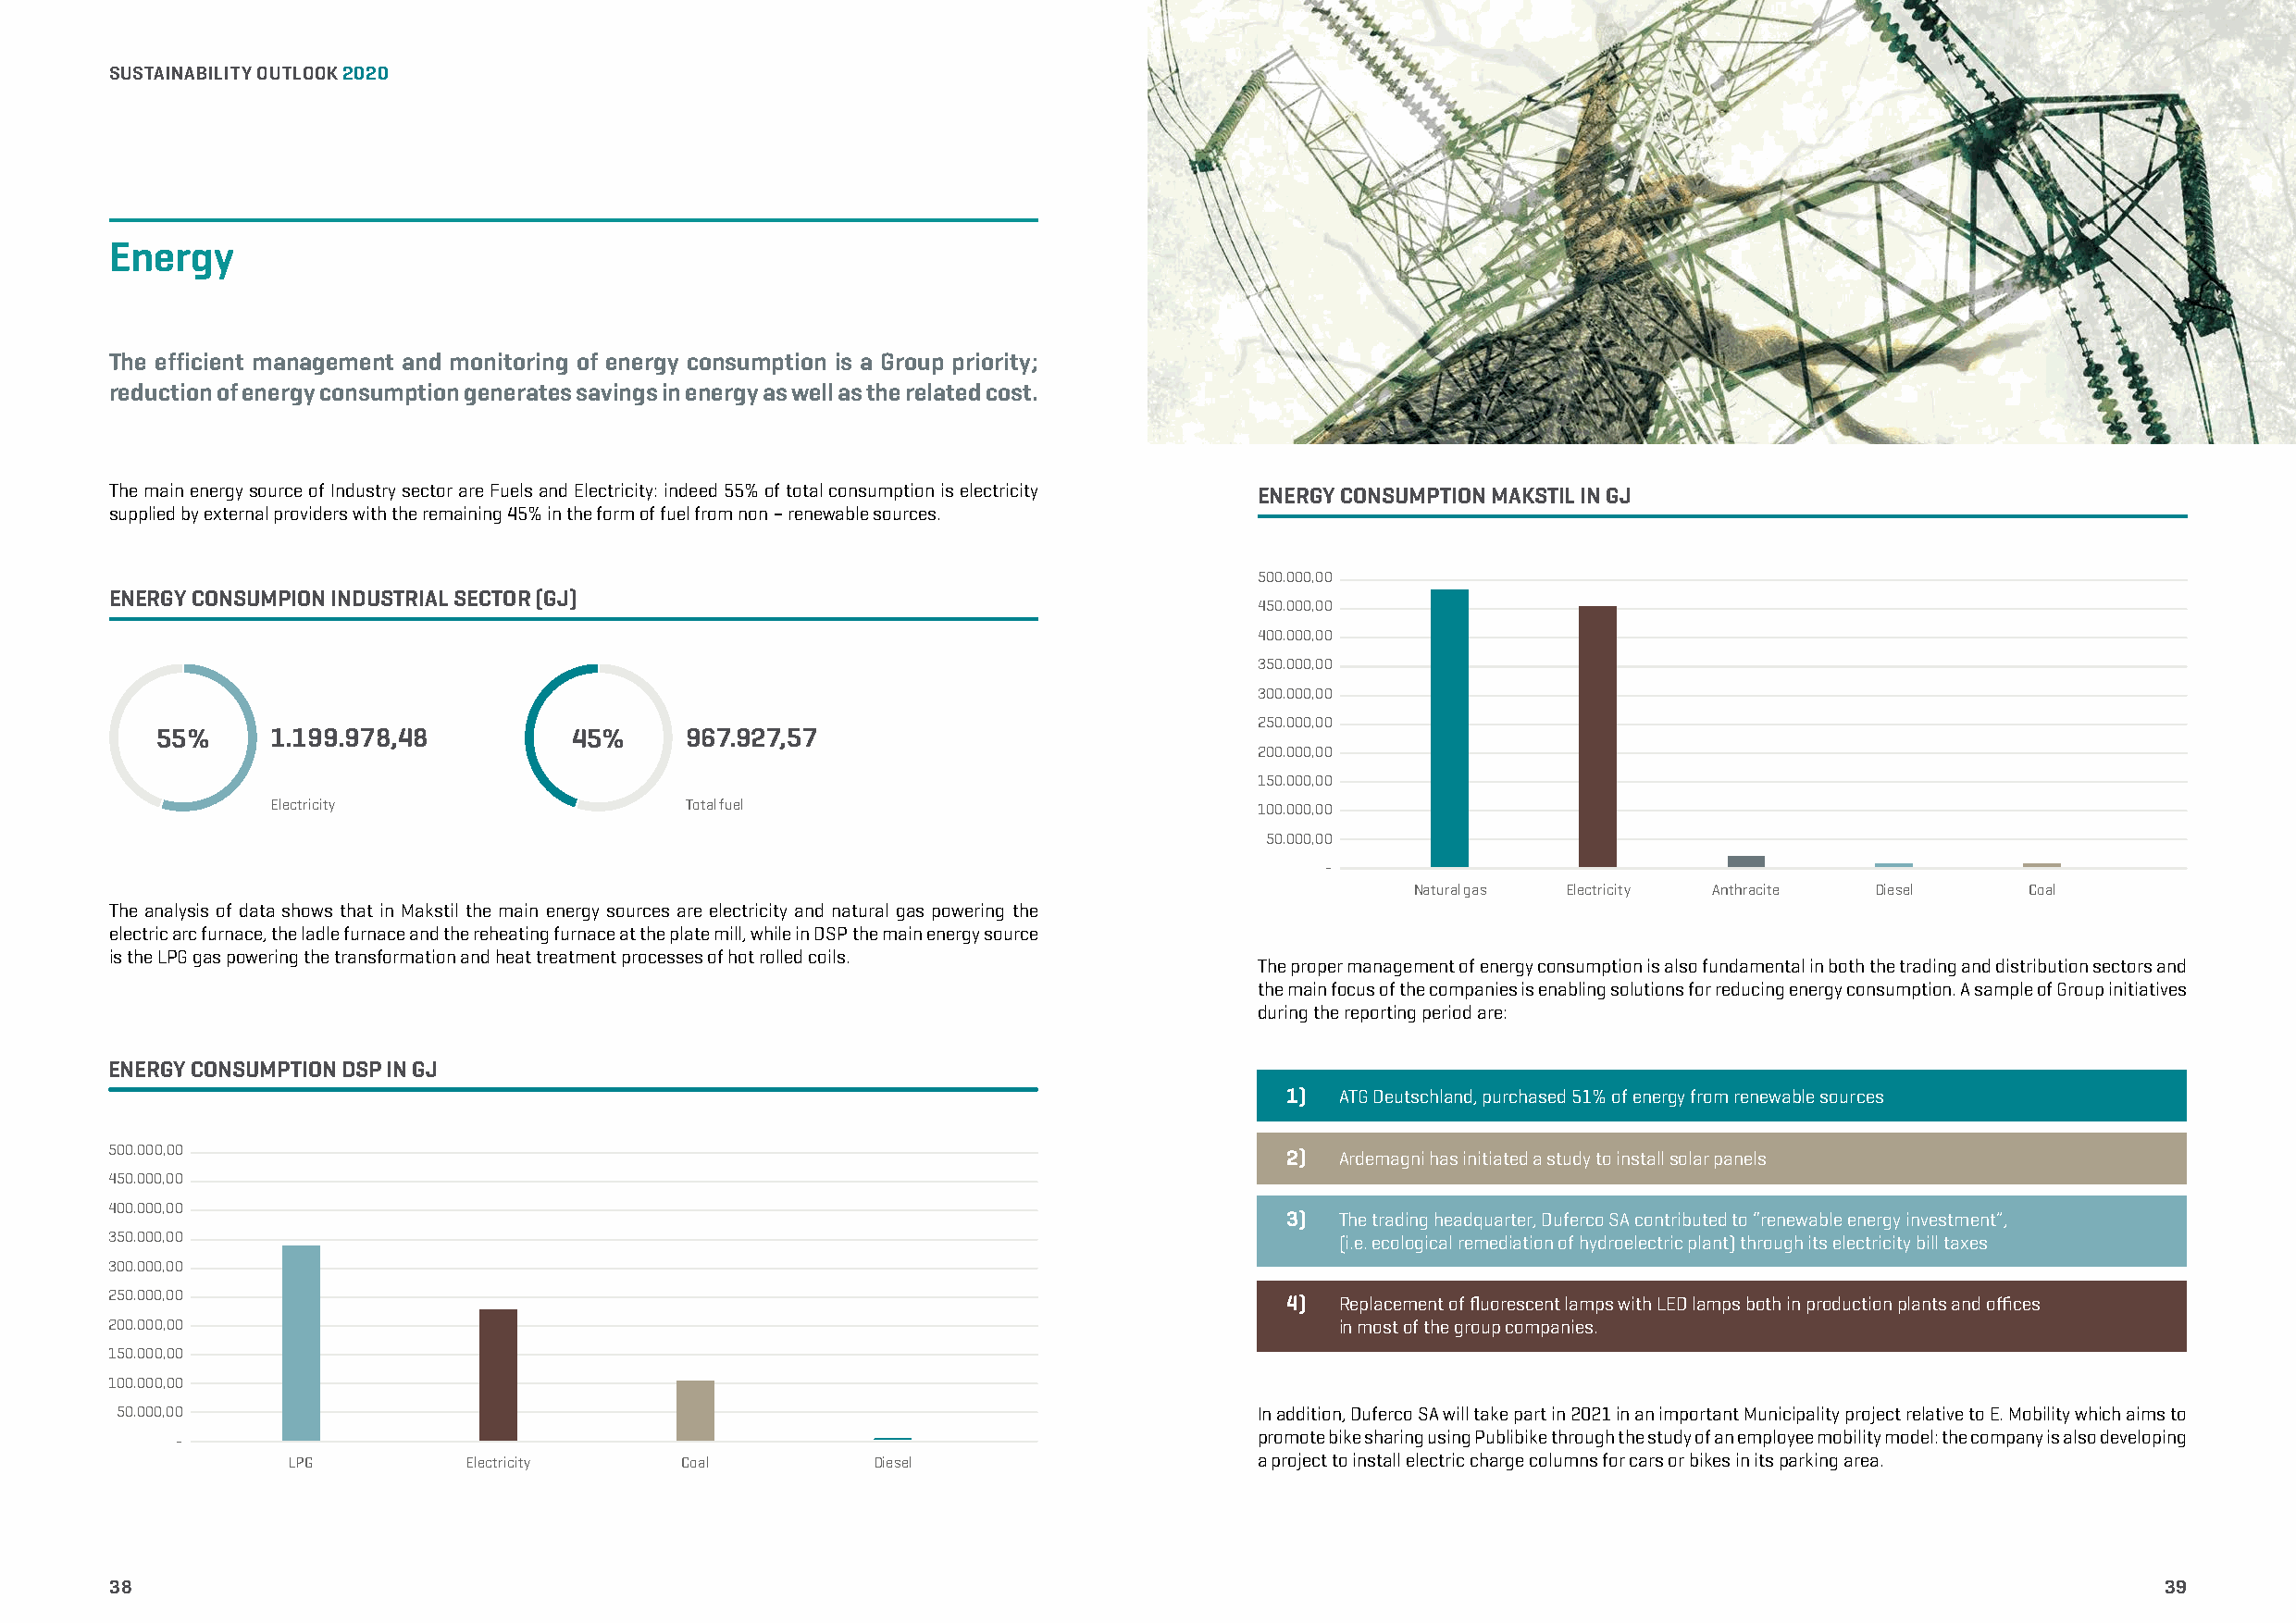
SUSTAINABILITY OUTLOOK 2020                                                                                                         A PATH TO SUSTAINABILITY
 Energy
 The efficient management and monitoring of energy consumption is a Group priority;
 reduction of energy consumption generates savings in energy as well as the related cost.
 The main energy source of Industry sector are Fuels and Electricity: indeed 55% of total consumption is electricity ENERGY CONSUMPTION MAKSTIL IN GJ
 supplied by external providers with the remaining 45% in the form of fuel from non – renewable sources.
 500.000,00
 ENERGY CONSUMPION INDUSTRIAL SECTOR (GJ)
 450.000,00
 400.000,00
 350.000,00
 300.000,00
 250.000,00
 55%     1.199.978,48          45%     967.927,57
 200.000,00
 150.000,00
 Electricity                   Total fuel                               100.000,00
 50.000,00
 -
 Natural gas Electricity Anthracite Diesel   Coal
 The analysis of data shows that in Makstil the main energy sources are electricity and natural gas powering the
 electric arc furnace, the ladle furnace and the reheating furnace at the plate mill, while in DSP the main energy source
 is the LPG gas powering the transformation and heat treatment processes of hot rolled coils.
 The proper management of energy consumption is also fundamental in both the trading and distribution sectors and
 the main focus of the companies is enabling solutions for reducing energy consumption. A sample of Group initiatives
 during the reporting period are:
 ENERGY CONSUMPTION DSP IN GJ
 1)  ATG Deutschland, purchased 51% of energy from renewable sources
 500.000,00                                                                          2)  Ardemagni has initiated a study to install solar panels
 450.000,00
 400.000,00
 3)  The trading headquarter, Duferco SA contributed to “renewable energy investment”,
 350.000,00                                                                              (i.e. ecological remediation of hydroelectric plant) through its electricity bill taxes
 300.000,00
 250.000,00                                                                          4)  Replacement of fluorescent lamps with LED lamps both in production plants and offices
 200.000,00                                                                              in most of the group companies.
 150.000,00
 100.000,00
 50.000,00                                                                         In addition, Duferco SA will take part in 2021 in an important Municipality project relative to E. Mobility which aims to
 -                                                                            promote bike sharing using Publibike through the study of an employee mobility model: the company is also developing
 LPG         Electricity     Coal         Diesel                      a project to install electric charge columns for cars or bikes in its parking area.
 38                                                                                                                                                 39